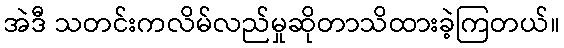
အဲဒီ သတင်းကလိမ်လည်မှုဆိုတာသိထားခဲ့ကြတယ်။